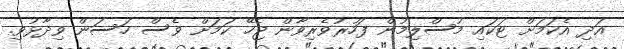
އަދި އެކަމަށް ޓަކައި މުސްލިމުން ފަހުރުވެރިވާން ޖެހޭ ކަމަށް ވެސް ހަސަން ވިދާޅުވި.